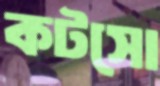
কটসো